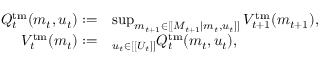
\begin{array} { r l } { Q _ { t } ^ { \mathrm { t m } } ( m _ { t } , u _ { t } ) : = } & { \operatorname* { s u p } _ { m _ { t + 1 } \in [ [ M _ { t + 1 } | m _ { t } , u _ { t } ] ] } V _ { t + 1 } ^ { \mathrm { t m } } ( m _ { t + 1 } ) , } \\ { V _ { t } ^ { \mathrm { t m } } ( m _ { t } ) : = } & { \relax _ { u _ { t } \in [ [ U _ { t } ] ] } Q _ { t } ^ { \mathrm { t m } } ( m _ { t } , u _ { t } ) , } \end{array}